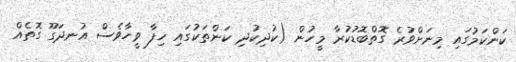
ކަންކަމުގައި މިނަށްވުރެ ގޮތްބޮޑުކުރާ މީހުން (ކުދިކުދި ކަންތަކުގައި ހިފާ ވީހާވެސް އުނދަގޫ ގޮތެއް